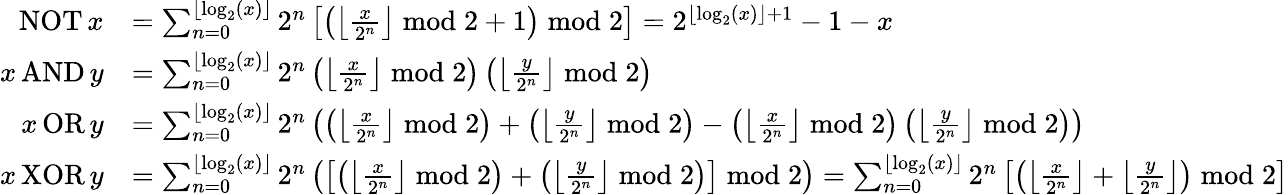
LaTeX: {\begin{array}{rl}{\operatorname{NOT}x}&{=\sum_{n=0}^{\lfloor\log_{2}(x)\rfloor}2^{n}\left[\left(\left\lfloor{\frac{x}{2^{n}}}\right\rfloor{\bmod{2}}+1\right){\bmod{2}}\right]=2^{\left\lfloor\log_{2}(x)\right\rfloor+1}-1-x}\\ {x\operatorname{AND}y}&{=\sum_{n=0}^{\lfloor\log_{2}(x)\rfloor}2^{n}\left(\left\lfloor{\frac{x}{2^{n}}}\right\rfloor{\bmod{2}}\right)\left(\left\lfloor{\frac{y}{2^{n}}}\right\rfloor{\bmod{2}}\right)}\\ {x\operatorname{OR}y}&{=\sum_{n=0}^{\lfloor\log_{2}(x)\rfloor}2^{n}\left(\left(\left\lfloor{\frac{x}{2^{n}}}\right\rfloor{\bmod{2}}\right)+\left(\left\lfloor{\frac{y}{2^{n}}}\right\rfloor{\bmod{2}}\right)-\left(\left\lfloor{\frac{x}{2^{n}}}\right\rfloor{\bmod{2}}\right)\left(\left\lfloor{\frac{y}{2^{n}}}\right\rfloor{\bmod{2}}\right)\right)}\\ {x\operatorname{XOR}y}&{=\sum_{n=0}^{\lfloor\log_{2}(x)\rfloor}2^{n}\left(\left[\left(\left\lfloor{\frac{x}{2^{n}}}\right\rfloor{\bmod{2}}\right)+\left(\left\lfloor{\frac{y}{2^{n}}}\right\rfloor{\bmod{2}}\right)\right]{\bmod{2}}\right)=\sum_{n=0}^{\lfloor\log_{2}(x)\rfloor}2^{n}\left[\left(\left\lfloor{\frac{x}{2^{n}}}\right\rfloor+\left\lfloor{\frac{y}{2^{n}}}\right\rfloor\right){\bmod{2}}\right]}\end{array}}